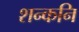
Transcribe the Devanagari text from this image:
शन्कनि